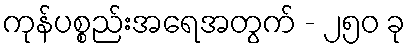
ကုန်ပစ္စည်းအရေအတွက် - ၂၅၀ ခု